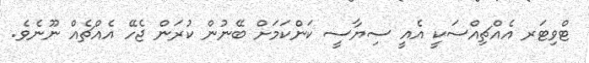
ޓްވިޓަރ އެއްޗިއްސަކީ އެއީ ސިޔާސީ ކަންކަމަށް ބޭނުން ކުރަން ޖެހޭ އެއްޗެެއް ނޫނެވެ.